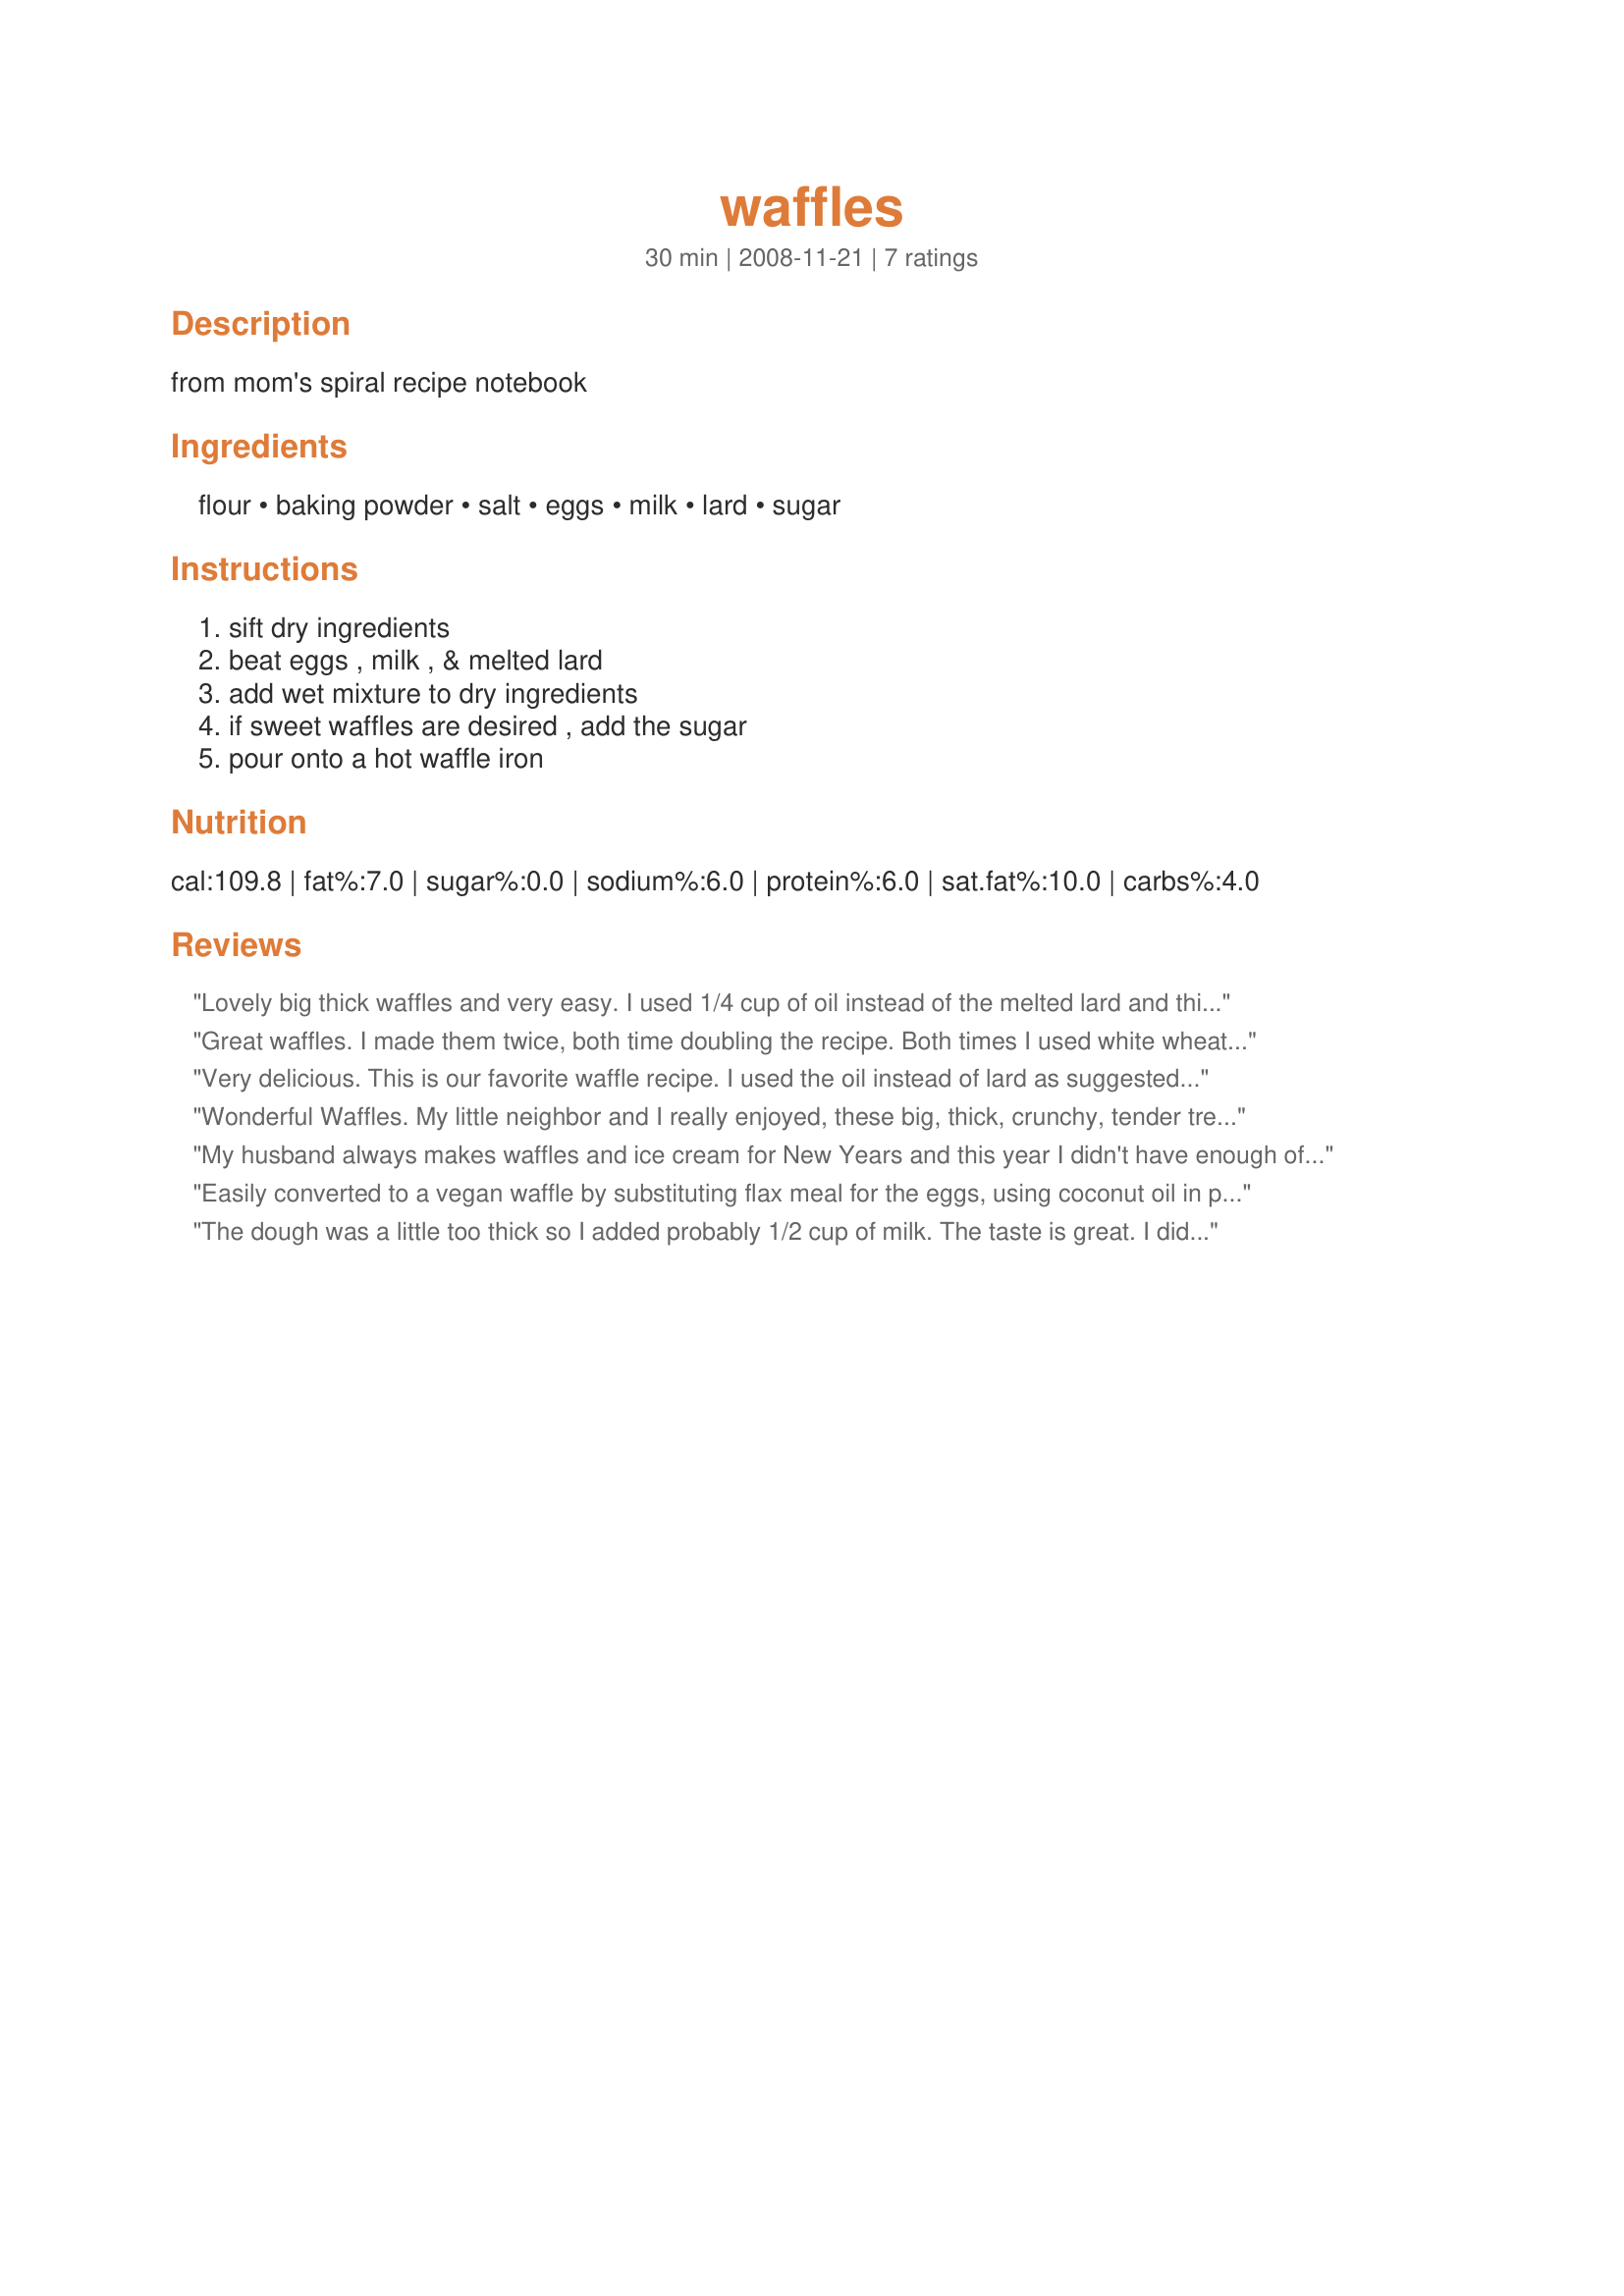
waffles
Preparation time: 30 minutes

from mom's spiral recipe notebook

Ingredients:
flour, baking powder, salt, eggs, milk, lard, sugar

Steps:
sift dry ingredients, beat eggs , milk , & melted lard, add wet mixture to dry ingredients, if sweet waffles are desired , add the sugar, pour onto a hot waffle iron

Reviews:
Lovely big thick waffles and very easy. I used 1/4 cup of oil instead of the melted lard and this worked really well. Thanks!
Great waffles. I made them twice, both time doubling the recipe. Both times I used white wheat flour, oil instead of lard, eggbeaters, and the optional sugar. The first time I used buttermilk (since I had it to use) and the second time skim milk. The first batch's batter was much thicker, but both batches turned out quite good. I am flash freezing a bunch for breakfasts.
Very delicious. This is our favorite waffle recipe. I used the oil instead of lard as suggested by another reviewer. I also added fresh blueberries & blackberries.
Wonderful Waffles. My little neighbor and I really enjoyed, these big, thick, crunchy, tender treats. The flavor was delicious. I served the waffles with homemade strawberry sauce and whipped cream. What a perfect lunch we had. Thank you so much for sharing your recipe. :)
My husband always makes waffles and ice cream for New Years and this year I didn't have enough of the boxed mix to make a batch. So off to food.com to find a recipe I could mix up for him. I have wanted to try a scratch recipe for awhile now, I make pancakes from scratch (found on this site naturally) and knew waffles couldn't be hard with the right recipe. This is definitely the right recipe! It filled the waffle maker 31/2 times or 14 waffle squares. They turned out so crispy and good they held the ice cream perfectly. My husband was throughly impressed. As mentioned in previous posts I used the 1/4 cup oil instead of shortening much easier and I did add the sugar, which was not noticeable but I think added to the over all flavor of the waffles. Thanks Chef for this keeper recipe.
Easily converted to a vegan waffle by substituting flax meal for the eggs, using coconut oil in place of the lard, and non-dairy milk of choice. Very tasty! I also added 1 teaspoon vanilla and maybe 1/8 teaspoon of allspice. Thanks.
The dough was a little too thick so I added probably 1/2 cup of milk. The taste is great. I didn't add sugar. Thanks for posting :) Made for Holiday tag game
